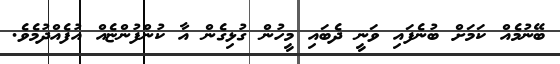
ބޭނުމެއް ކަމަށް ބުނެފައި ވަނީ ދެބައި މީހުން ގުޅިގެން އާ ކުންފުންޏެއް އުފެއްދުމެވެ.